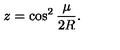
z = \cos ^ { 2 } \frac { \mu } { 2 R } .